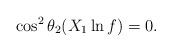
LaTeX: \begin{align*}\cos^2\theta_2(X_1\ln f)=0.\end{align*}